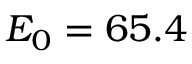
E _ { 0 } = 6 5 . 4